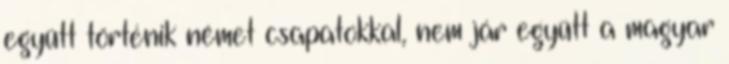
együtt történik német csapatokkal, nem jár együtt a magyar